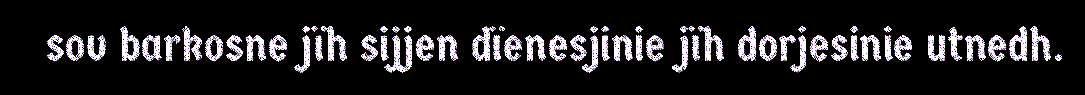
sov barkosne jïh sijjen dïenesjinie jïh dorjesinie utnedh.